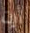
أرت